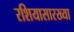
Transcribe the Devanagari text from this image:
रशियासारख्या